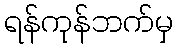
ရန်ကုန်ဘက်မှ